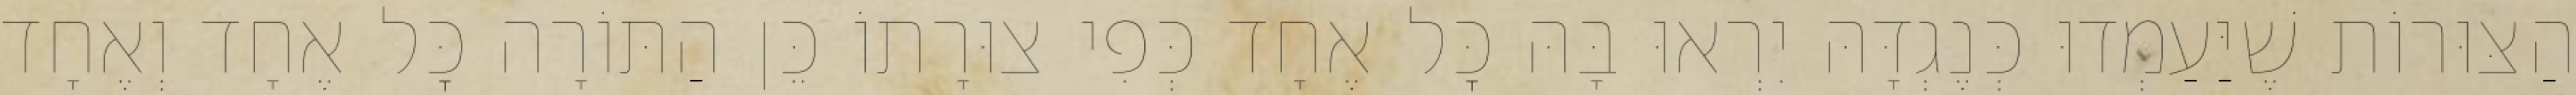
הַצּוּרוֹת שֶׁיַּעַמְדוּ כְּנֶגְדָּהּ יִרְאוּ בָּהּ כׇּל אֶחָד כְּפִי צוּרָתוֹ כֵּן הַתּוֹרָה כׇּל אֶחָד וְאֶחָד